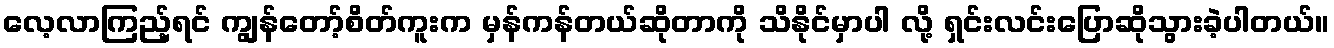
လေ့လာကြည့်ရင် ကျွန်တော့်စိတ်ကူးက မှန်ကန်တယ်ဆိုတာကို သိနိုင်မှာပါ လို့ ရှင်းလင်းပြောဆိုသွားခဲ့ပါတယ်။